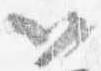
以